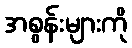
အစွန်းများကို